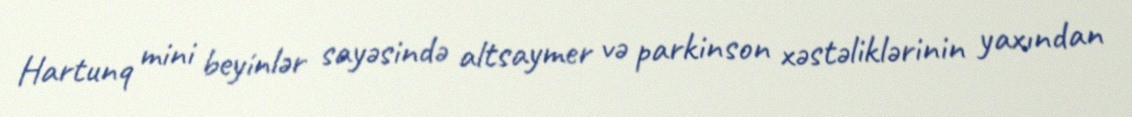
Hartunq mini beyinlər sayəsində altsaymer və parkinson xəstəliklərinin yaxından